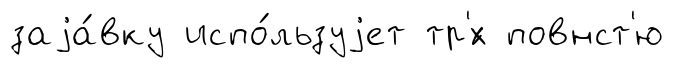
заjа́вку испо́льзуjет тр'́х повнст'ю